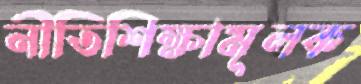
নীতিশিক্ষামূলক